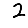
Digit: 2